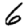
Digit: 6